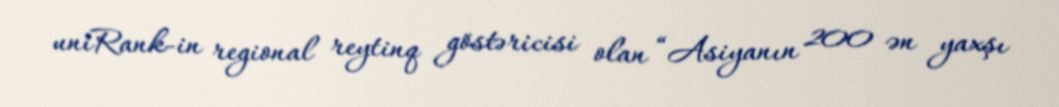
uniRank-in regional reytinq göstəricisi olan “Asiyanın 200 ən yaxşı